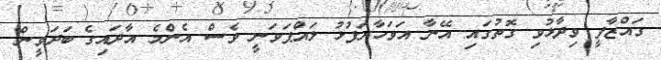
ގައްޒާފީ ވިދާޅުވި ގޮތުގައި އޭނާ އަވަހާރަފުޅު ލައްޕަވަނީ ވެސް އެންމެ އާދައިގެ ބަދަވީން